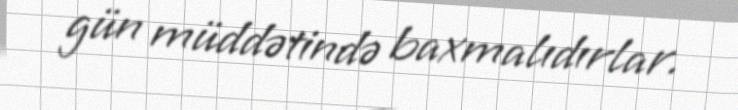
gün müddətində baxmalıdırlar.